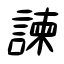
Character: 諫